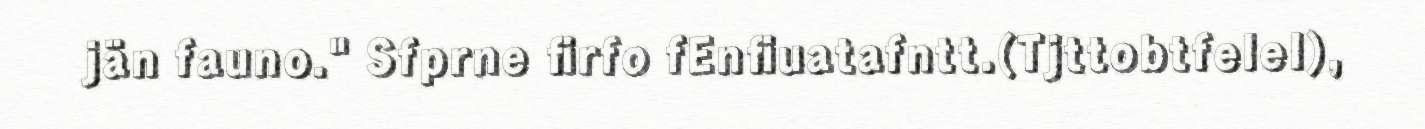
jän fauno." Sfprne firfo fEnfiuatafntt.(Tjttobtfelel),